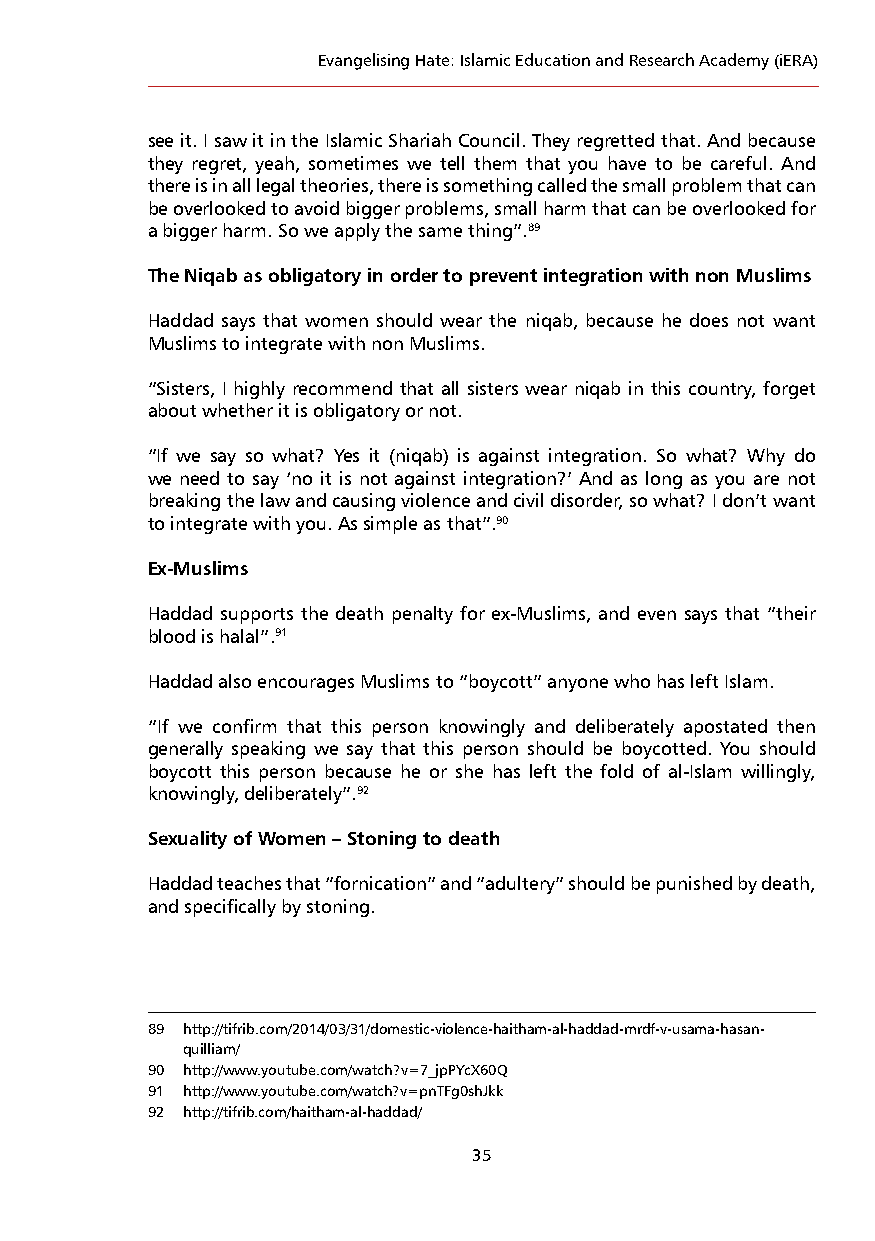
Evangelising Hate: Islamic Education and Research Academy (iERA)
 see it. I saw it in the Islamic Shariah Council. They regretted that. And because
 they regret, yeah, sometimes we tell them that you have to be careful. And
 there is in all legal theories, there is something called the small problem that can
 be overlooked to avoid bigger problems, small harm that can be overlooked for
 a bigger harm. So we apply the same thing”.89
 The Niqab as obligatory in order to prevent integration with non Muslims
 Haddad says that women should wear the niqab, because he does not want
 Muslims to integrate with non Muslims.
 “Sisters, I highly recommend that all sisters wear niqab in this country, forget
 about whether it is obligatory or not.
 “If we say so what? Yes it (niqab) is against integration. So what? Why do
 we need to say ‘no it is not against integration?’ And as long as you are not
 breaking the law and causing violence and civil disorder, so what? I don’t want
 to integrate with you. As simple as that”.90
 Ex-Muslims
 Haddad supports the death penalty for ex-Muslims, and even says that “their
 blood is halal”.91
 Haddad also encourages Muslims to “boycott” anyone who has left Islam.
 “If we confirm that this person knowingly and deliberately apostated then
 generally speaking we say that this person should be boycotted. You should
 boycott this person because he or she has left the fold of al-Islam willingly,
 knowingly, deliberately”.92
 Sexuality of Women – Stoning to death
 Haddad teaches that “fornication” and “adultery” should be punished by death,
 and specifically by stoning.
 89 http://tifrib.com/2014/03/31/domestic-violence-haitham-al-haddad-mrdf-v-usama-hasan-
 quilliam/
 90 http://www.youtube.com/watch?v=7_jpPYcX60Q
 91 http://www.youtube.com/watch?v=pnTFg0shJkk
 92 http://tifrib.com/haitham-al-haddad/
 35